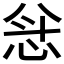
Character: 𫺅